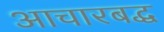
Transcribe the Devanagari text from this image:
आचारबद्ध